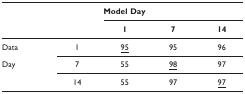
<table><thead><tr><td></td><td></td><td colspan="3"><b>Model Day</b></td></tr><tr><td></td><td></td><td><b>1</b></td><td><b>7</b></td><td><b>14</b></td></tr></thead><tbody><tr><td>Data</td><td>1</td><td><underline>95</underline></td><td>95</td><td>96</td></tr><tr><td>Day</td><td>7</td><td>55</td><td><underline>98</underline></td><td>97</td></tr><tr><td></td><td>14</td><td>55</td><td>97</td><td><underline>97</underline></td></tr></tbody></table>